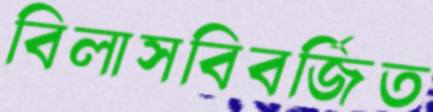
বিলাসবিবর্জিত